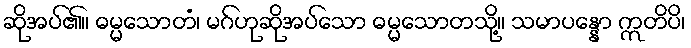
ဆိုအပ်၏။ ဓမ္မသောတံ၊ မဂ်ဟုဆိုအပ်သော ဓမ္မသောတသို့။ သမာပန္နော ဣတိပိ၊